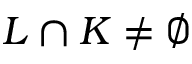
L \cap K \neq \emptyset